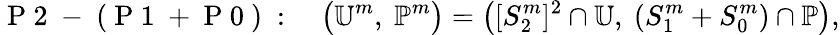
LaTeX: \mathrm{~P~2~-~(~P~1~+~P~0~)~}:\quad\bigl(\mathbb{U}^{m},~\mathbb{P}^{m}\bigr)=\bigl([S_{2}^{m}]^{2}\cap\mathbb{U},~(S_{1}^{m}+S_{0}^{m})\cap\mathbb{P}\bigr),